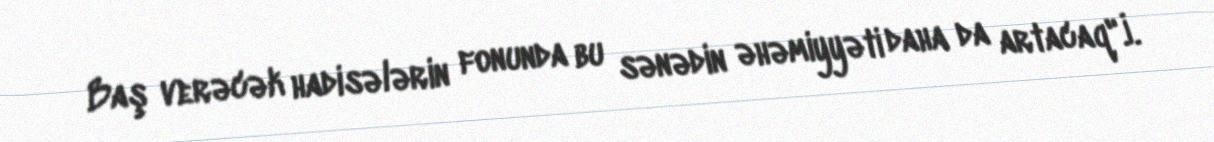
Baş verəcək hadisələrin fonunda bu sənədin əhəmiyyəti daha da artacaq".İ.